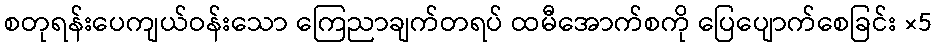
စတုရန်းပေကျယ်ဝန်းသော ကြေညာချက်တရပ် ထမီအောက်စကို ပြေပျောက်စေခြင်း ×5